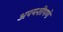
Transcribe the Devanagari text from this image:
अपयशीपणे